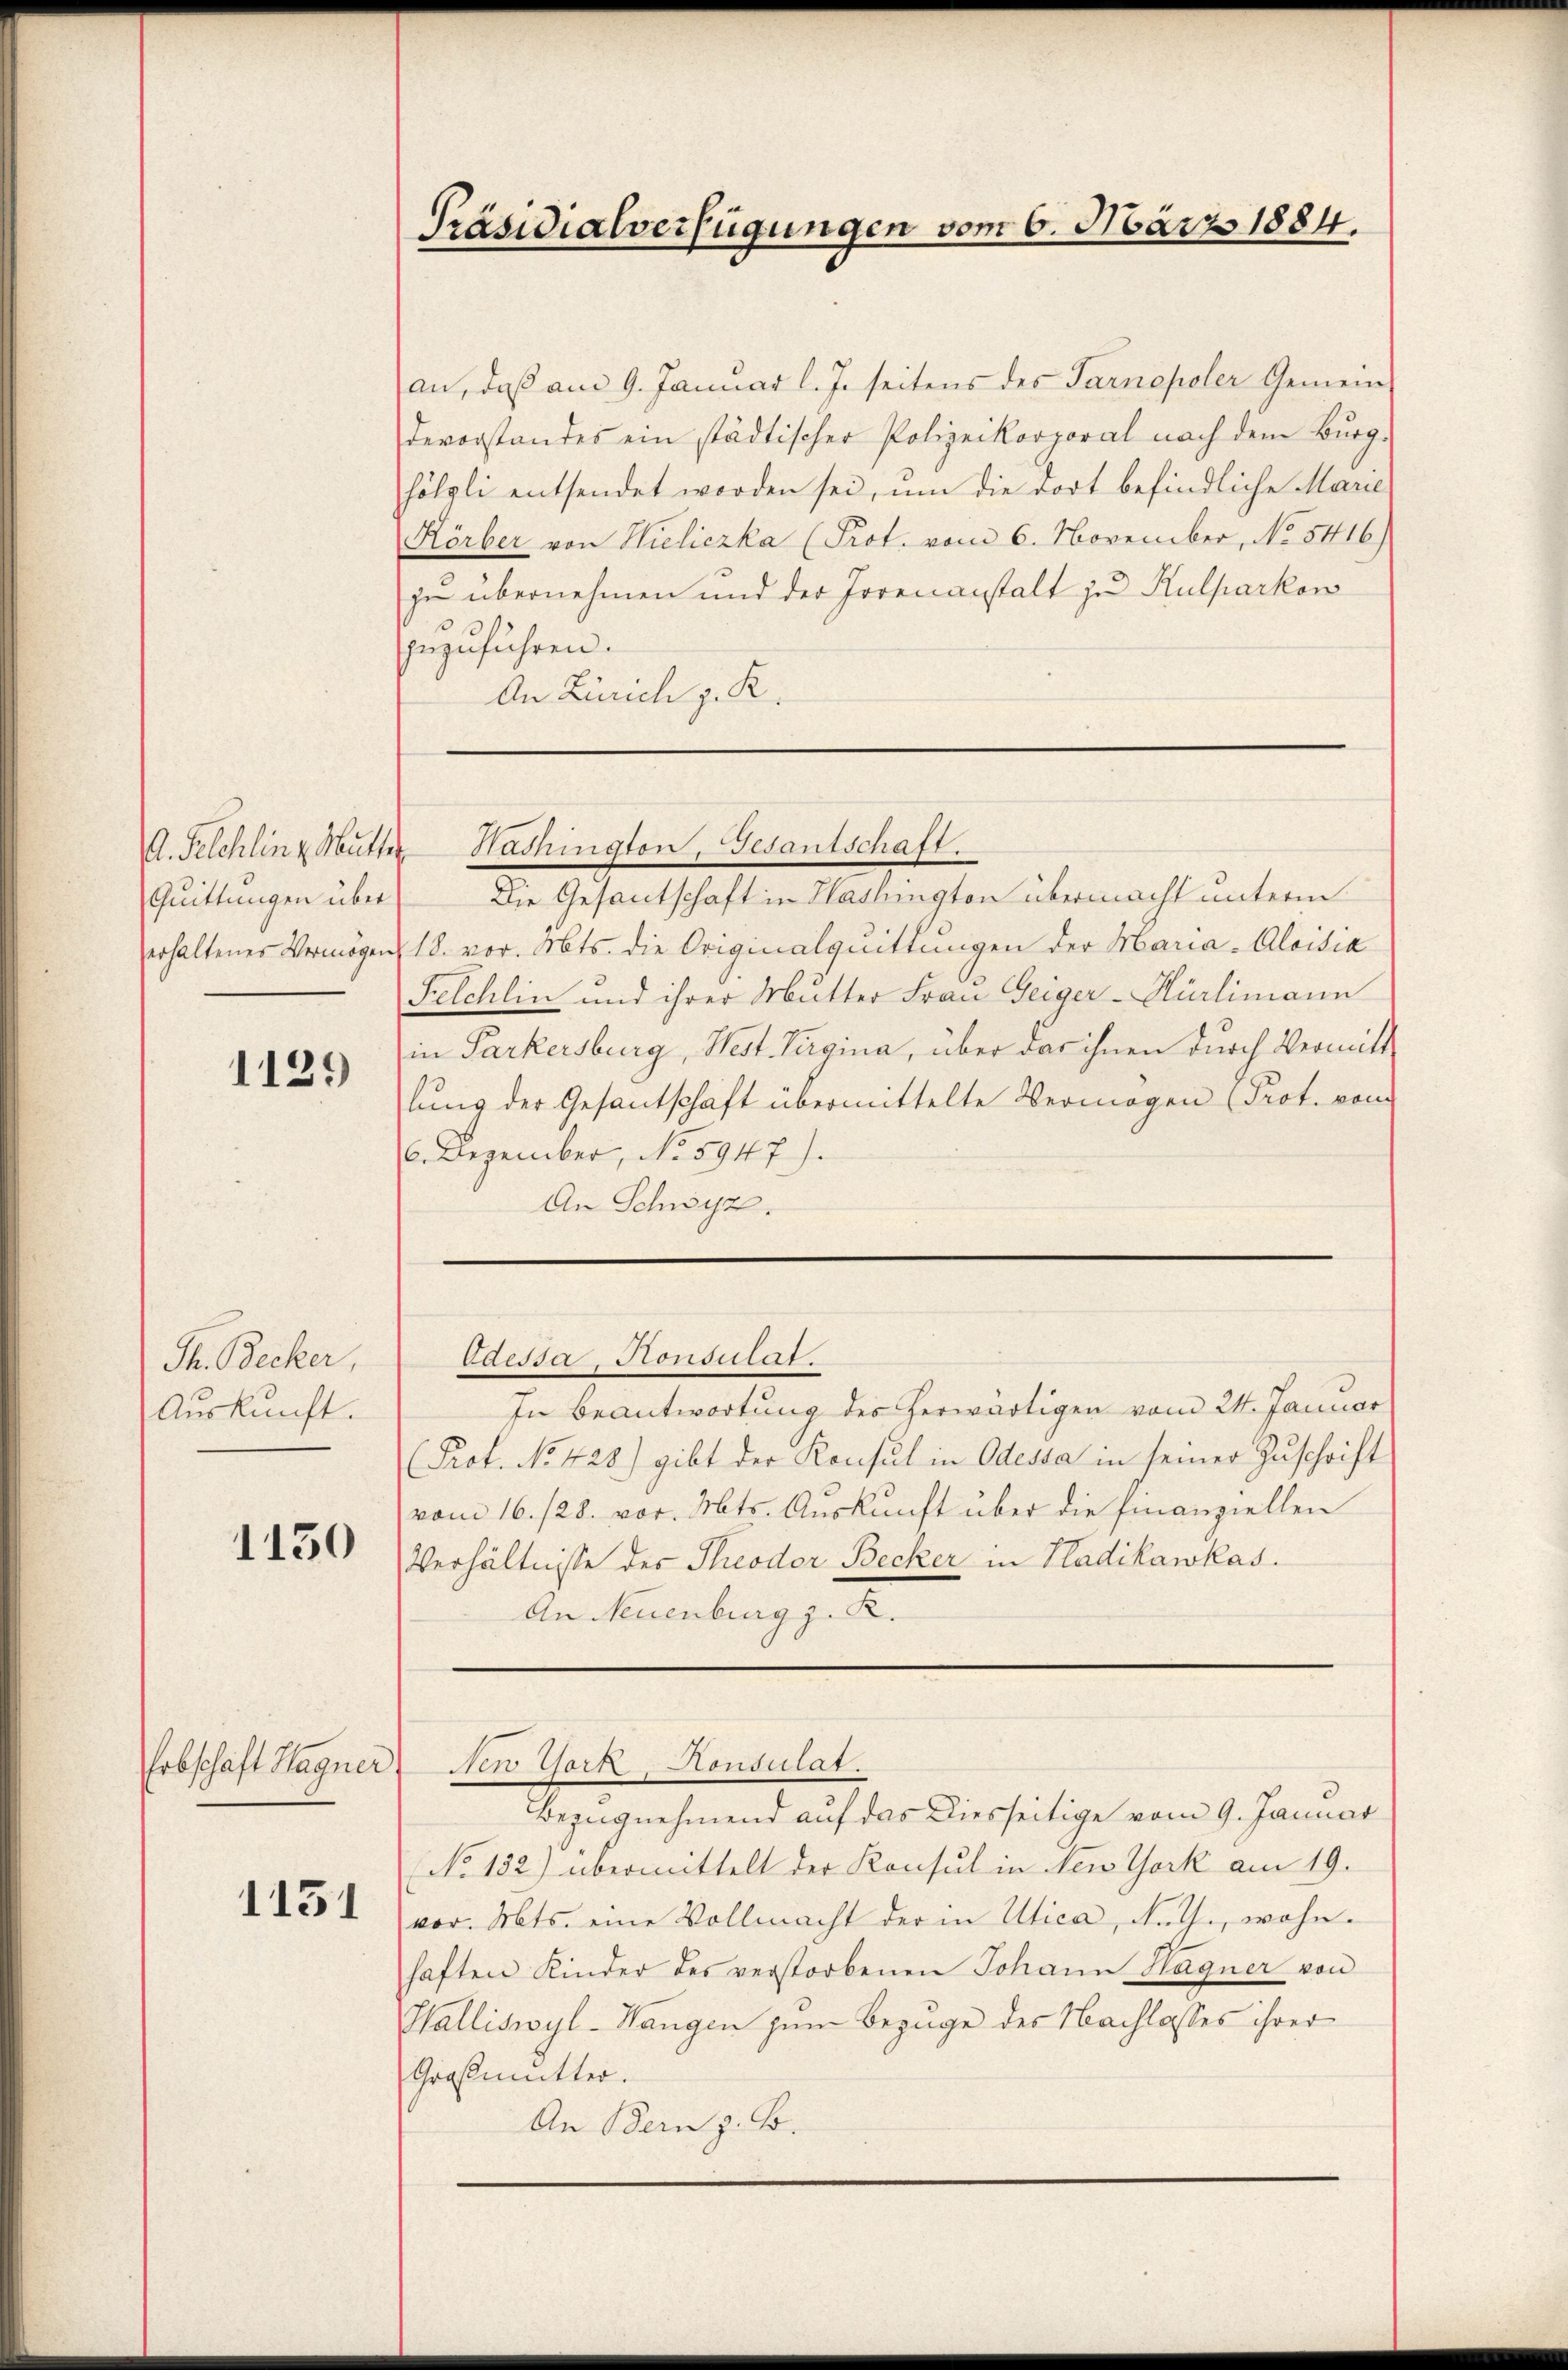
Quittungen über

1129

Ph. Becker,
Auskunft.

1130

1151

an, daß am 9. Januar l. J. seitens des Tarnopoler Gemeindevorstandes ein städtischer Polizeikorporal nach dem Burg.
hölzli entsendet worden sei, um die dort befindliche Marie
Körber von Hieliczka (Prot. vom 6. November, No 5416)
zu übernehmen und der Jorenanstalt zu Kulparkon
zuzuführen.
An Zürich z. R.

Präsidialverfügungen vom 6. März 1884.

Die Gesantschaft in Haslington übermacht unterm
erhaltener Vermögen 18. vor. Mts. die Originalquittungen der Maria-Aloisia
Felchlin und ihrer Mutter Frau Geiger-Hürlimann
in Parkersburg, West. Virgina, über das ihnen durch Vermitt
lung der Gesantschaft übermittelte Vermögen (Prot. von
6. Dezember, No 5947).
An Schwyz.

A. Selchling Mutter Washington, Gesantschaft.

Edessa, Konsulat.

In Beantwortung des herwärtigen vom 24. Januar
(Prof. No. 428) gibt der Konsul in Odessa in seiner Zuschrift
vom 16. 128. vor. Mts. Auskunft über die Finanziellen
Verhältnisse des Theodor Becker, in Hadikawkas.
An Neuenburg z. R.

Erbschaft Hagner New York, Konsulat.

Bezugnehmend auf das Diesseitige vom 9. Januar
No 132) übermittelt der Konsul in New York am 19.
vor. Mts. eine Vollmacht der in Utica, Ruth., wohnhaften Kinder des verstorbenen Johann Hagner von
Walliswyl-Wangen zum Bezuge des Nachlasses ihrer
Großmutter.
An Bern z. B.